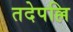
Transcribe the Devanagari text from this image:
तदेपल्लि